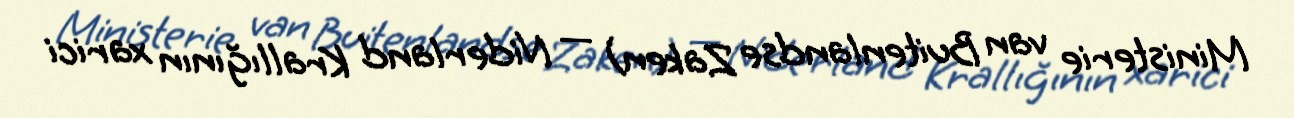
Ministerie van Buitenlandse Zaken) — Niderland Krallığının xarici